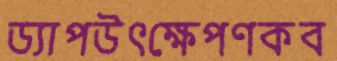
ড্যাপউৎক্ষেপণকব